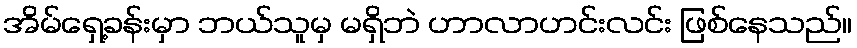
အိမ်ရှေ့ခန်းမှာ ဘယ်သူမှ မရှိဘဲ ဟာလာဟင်းလင်း ဖြစ်နေသည်။